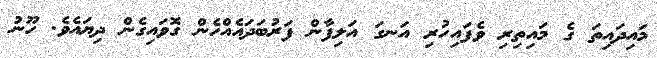
މައިދައިތަ ގެ މައިތިރި ވެފައިހުރި އަނގަ އަލިފާން ފަރުބަދައެއްހެން ގޮވައިގެން ދިޔައެވެ. ހޫނު